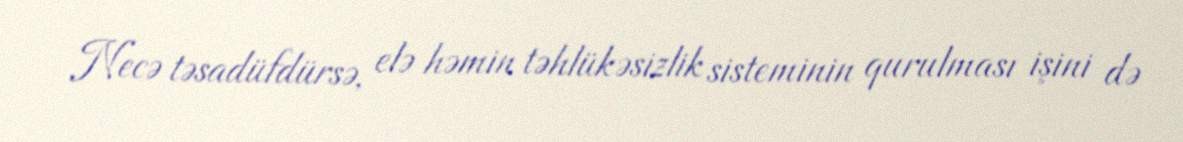
Necə təsadüfdürsə, elə həmin təhlükəsizlik sisteminin qurulması işini də